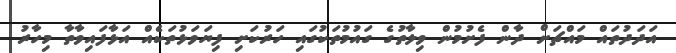
އަދަދުތައް މައްޗަށް ދާން ފެށުމުން ވިލާތުގެ ގައުމުތަކުގައި ހަރުކަށި ފިޔަވަޅުތަކެއް އަޅާފައިވާތާ މިހާރު